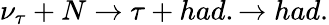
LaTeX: \nu_{\tau}+N\rightarrow\tau+had.\rightarrow had.